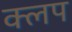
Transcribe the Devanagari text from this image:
क्लप